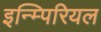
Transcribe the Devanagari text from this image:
इन्म्पिरियल